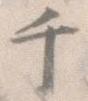
千